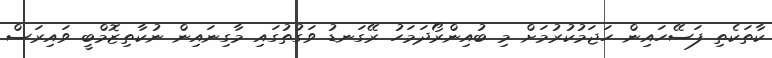
ކާތަކެތި ފަސޭހައިން ހަޖަމުކުރުމަށް މި ބުއިންރޯދަމަހު ރޭގަނޑު ވަގުތުގައި މާގިނައިން ނުކާތިޒޮމްބީ ވައިރަސް